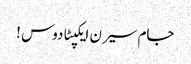
جام سیرن ایکپٹادوس !